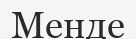
Менде